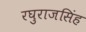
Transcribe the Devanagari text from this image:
रघुराजसिंह